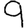
Digit: 9